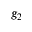
g _ { 2 }